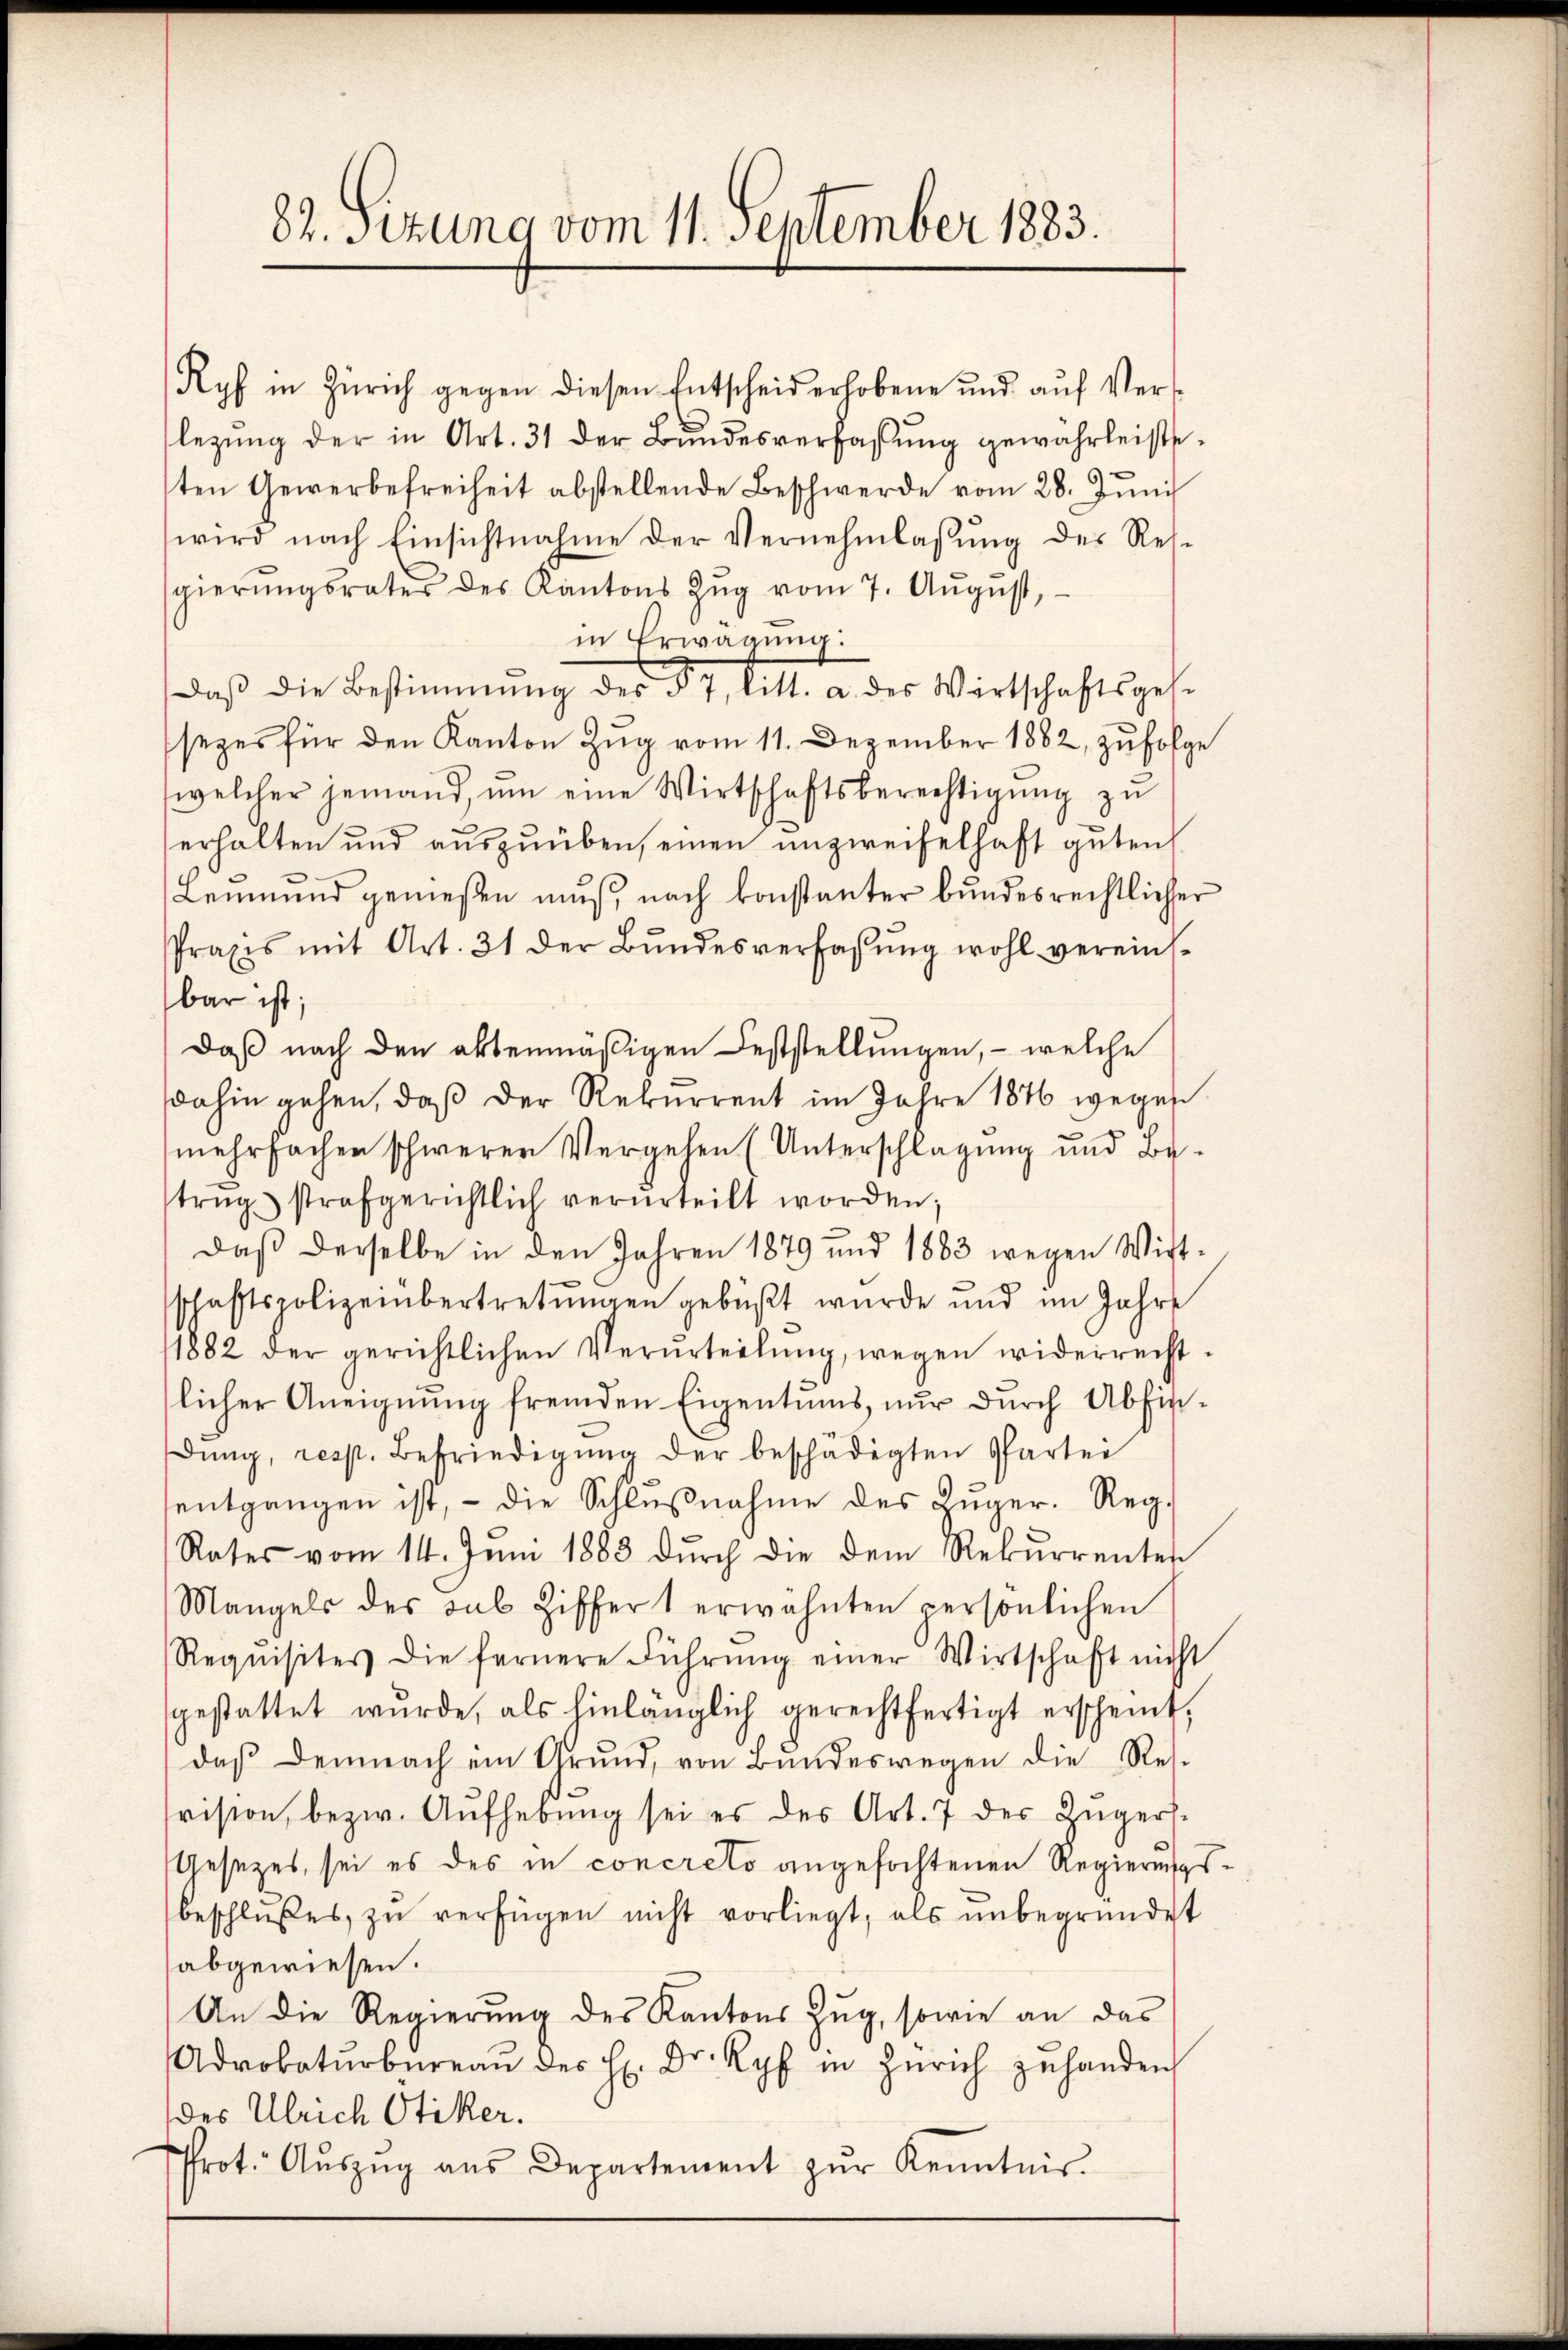
Ryf in Zürich gegen diesen Entscheid erhobene und aŭf Ver-
legung der in Art. 31 der Bundesverfassung gewährleisteten Gewerbefreiheit abstellende Beschwerde vom 28. Jŭni
wird nach Einsichtnahme der Vernehmlassŭng des Res-
sgierŭngsrates des Kantons Zŭg vom 7. Aŭgust,
in Erwägŭng:
daβ die Bestimmung des § 7, litt. a. des Wirtschaftsgese
sezes für den Kanton Zŭg vom 11. Dezember 1882, zŭfolge
welcher jemand ŭm eine Wirtschaftsberechtigŭng zu
erhalten und auszuüben, einen unzweifelhaft guten
Leumund gemeßen muß, nach konstanter bundesrechtlicher
Praxis mit Art. 31 der Bŭndesverfassŭng wohl vereins-
bar ist;
Daß nach den aktenmäßigen Feststellungen, – welche
dahin gehen, daß der Rekurrent im Jahre 1846 wegen
mehrfachen schwerer Vergehen (Unterschlagung und Betrŭg strafgerichtlich verurteilt worden;
Daβ derselbe in den Jahren 1879 und 1883 wegen Wist-
schaftspolizeiübertretungen gebüßt wurde und im Jahre
1882 der gerichtlichen Verurteilŭng, wegen widerrecht-
licher Aneignung fremden Eigentums, nur durch Abfindŭng, resp. Befriedigŭng der beschädigten Partei
entgangen ist, - die Schlŭβnahme des Zŭger. Reg.
Rates vom 14. Juni 1883 dŭrch die dem Rekurrenten
Mangels des sub Ziffer 1 erwähnten persönlichen
Requisites die fernere Führŭng einer Wirtschaft nicht
gestattet wŭrde, als hinlänglich gerechtfertigt erscheint,
daβ demnach ein Grund, von Bŭndeswegen die Res.
vision, bezw. Aŭfhebŭng sei es des Art. 7 der Zügers.
Gesezes, sei es des in concreto angefochtenen Regierungsbeschlŭβes zŭ verfügen nicht vorliegt, als ŭnbegründet
abgewiesen.
An die Regierŭng des Kantons Zŭg, sowie an das
Adrobatŭrbüreaŭ des H. Dr. Ryf in Zürich zuhanden
des Ulrich Otiker.
Prot. Aŭszŭg aŭs Departement zŭr Kenntnis.

82. Setzung vom 11. September 1883.